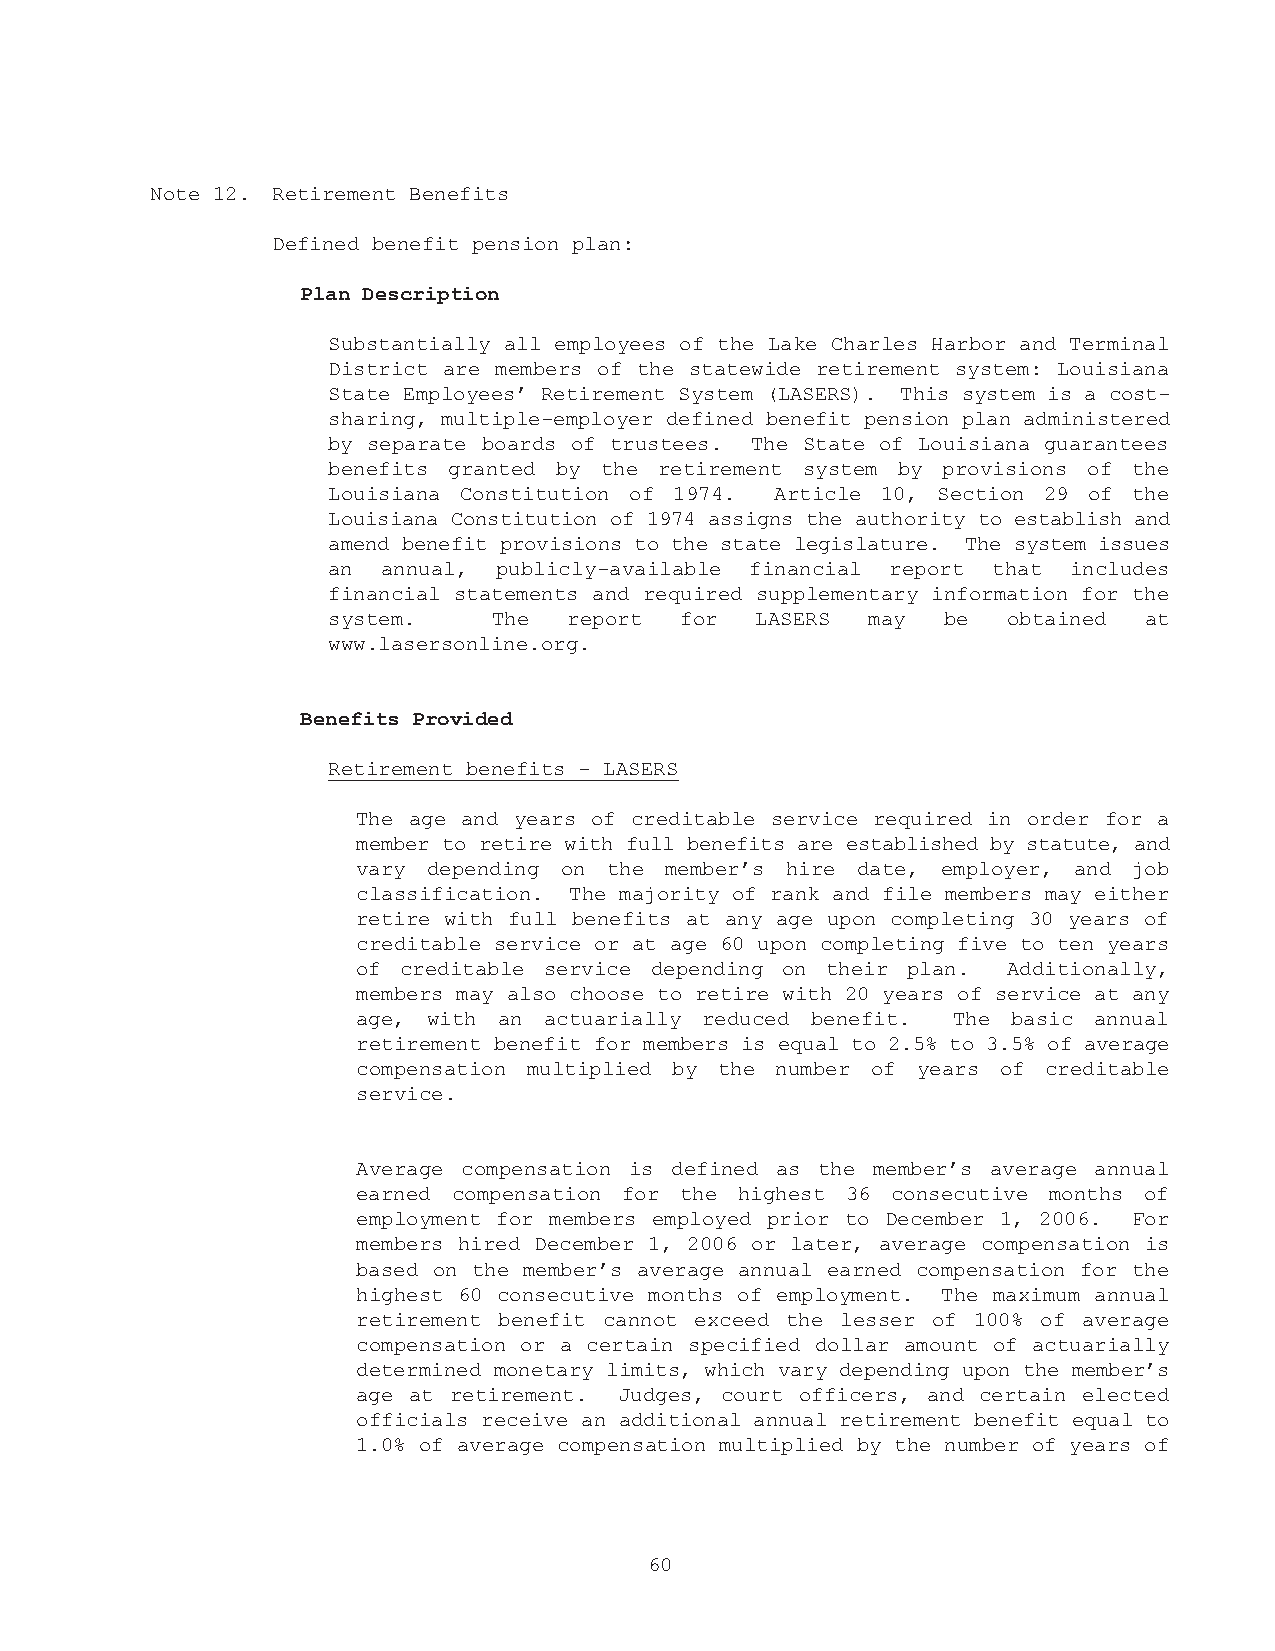
Note 12. Retirement Benefits
 Defined benefit pension plan:
 Plan Description
 Substantially all employees of the Lake Charles Harbor and Terminal
 District are members of the statewide retirement system: Louisiana
 State Employees’ Retirement System (LASERS). This system is a cost-
 sharing, multiple-employer defined benefit pension plan administered
 by separate boards of trustees. The State of Louisiana guarantees
 benefits granted by the retirement system by provisions of the
 Louisiana Constitution of 1974. Article 10, Section 29 of the
 Louisiana Constitution of 1974 assigns the authority to establish and
 amend benefit provisions to the state legislature. The system issues
 an annual, publicly-available financial report that includes
 financial statements and required supplementary information for the
 system.    The  report for  LASERS may   be  obtained at
 www.lasersonline.org.
 Benefits Provided
 Retirement benefits - LASERS
 The age and years of creditable service required in order for a
 member to retire with full benefits are established by statute, and
 vary depending on the member’s hire date, employer, and job
 classification. The majority of rank and file members may either
 retire with full benefits at any age upon completing 30 years of
 creditable service or at age 60 upon completing five to ten years
 of creditable service depending on their plan. Additionally,
 members may also choose to retire with 20 years of service at any
 age, with an actuarially reduced benefit. The basic annual
 retirement benefit for members is equal to 2.5% to 3.5% of average
 compensation multiplied by the number of years of creditable
 service.
 Average compensation is defined as the member’s average annual
 earned compensation for the highest 36 consecutive months of
 employment for members employed prior to December 1, 2006. For
 members hired December 1, 2006 or later, average compensation is
 based on the member’s average annual earned compensation for the
 highest 60 consecutive months of employment. The maximum annual
 retirement benefit cannot exceed the lesser of 100% of average
 compensation or a certain specified dollar amount of actuarially
 determined monetary limits, which vary depending upon the member’s
 age at retirement. Judges, court officers, and certain elected
 officials receive an additional annual retirement benefit equal to
 1.0% of average compensation multiplied by the number of years of
 60